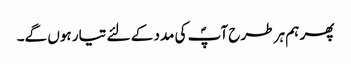
پھر ہم ہر طرح آپؐ کی مدد کے لئے تیار ہوں گے۔